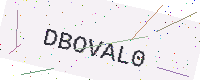
Text: DBOVAL0